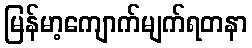
မြန်မာ့ကျောက်မျက်ရတနာ